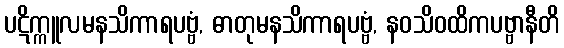
ပဋိက္ကူလမနသိကာရပဗ္ဗံ, ဓာတုမနသိကာရပဗ္ဗံ, နဝသိဝထိကပဗ္ဗာနီတိ